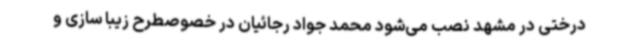
درختی در مشهد نصب می‌شود محمد جواد رجائیان در خصوصطرح زیبا سازی و